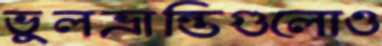
ভুলভ্রান্তিগুলোও